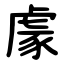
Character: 豦